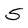
Character: S